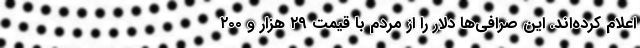
اعلام کرده‌اند. این صرافی‌ها دلار را از مردم با قیمت ۲۹ هزار و ۲۰۰